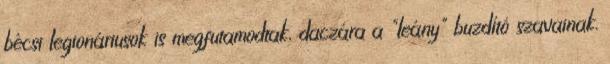
bécsi legionáriusok is megfutamodtak, daczára a "leány" buzdító szavainak.